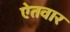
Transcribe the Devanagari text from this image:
ऐतवार